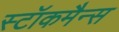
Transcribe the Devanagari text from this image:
स्टॉकमैन्स